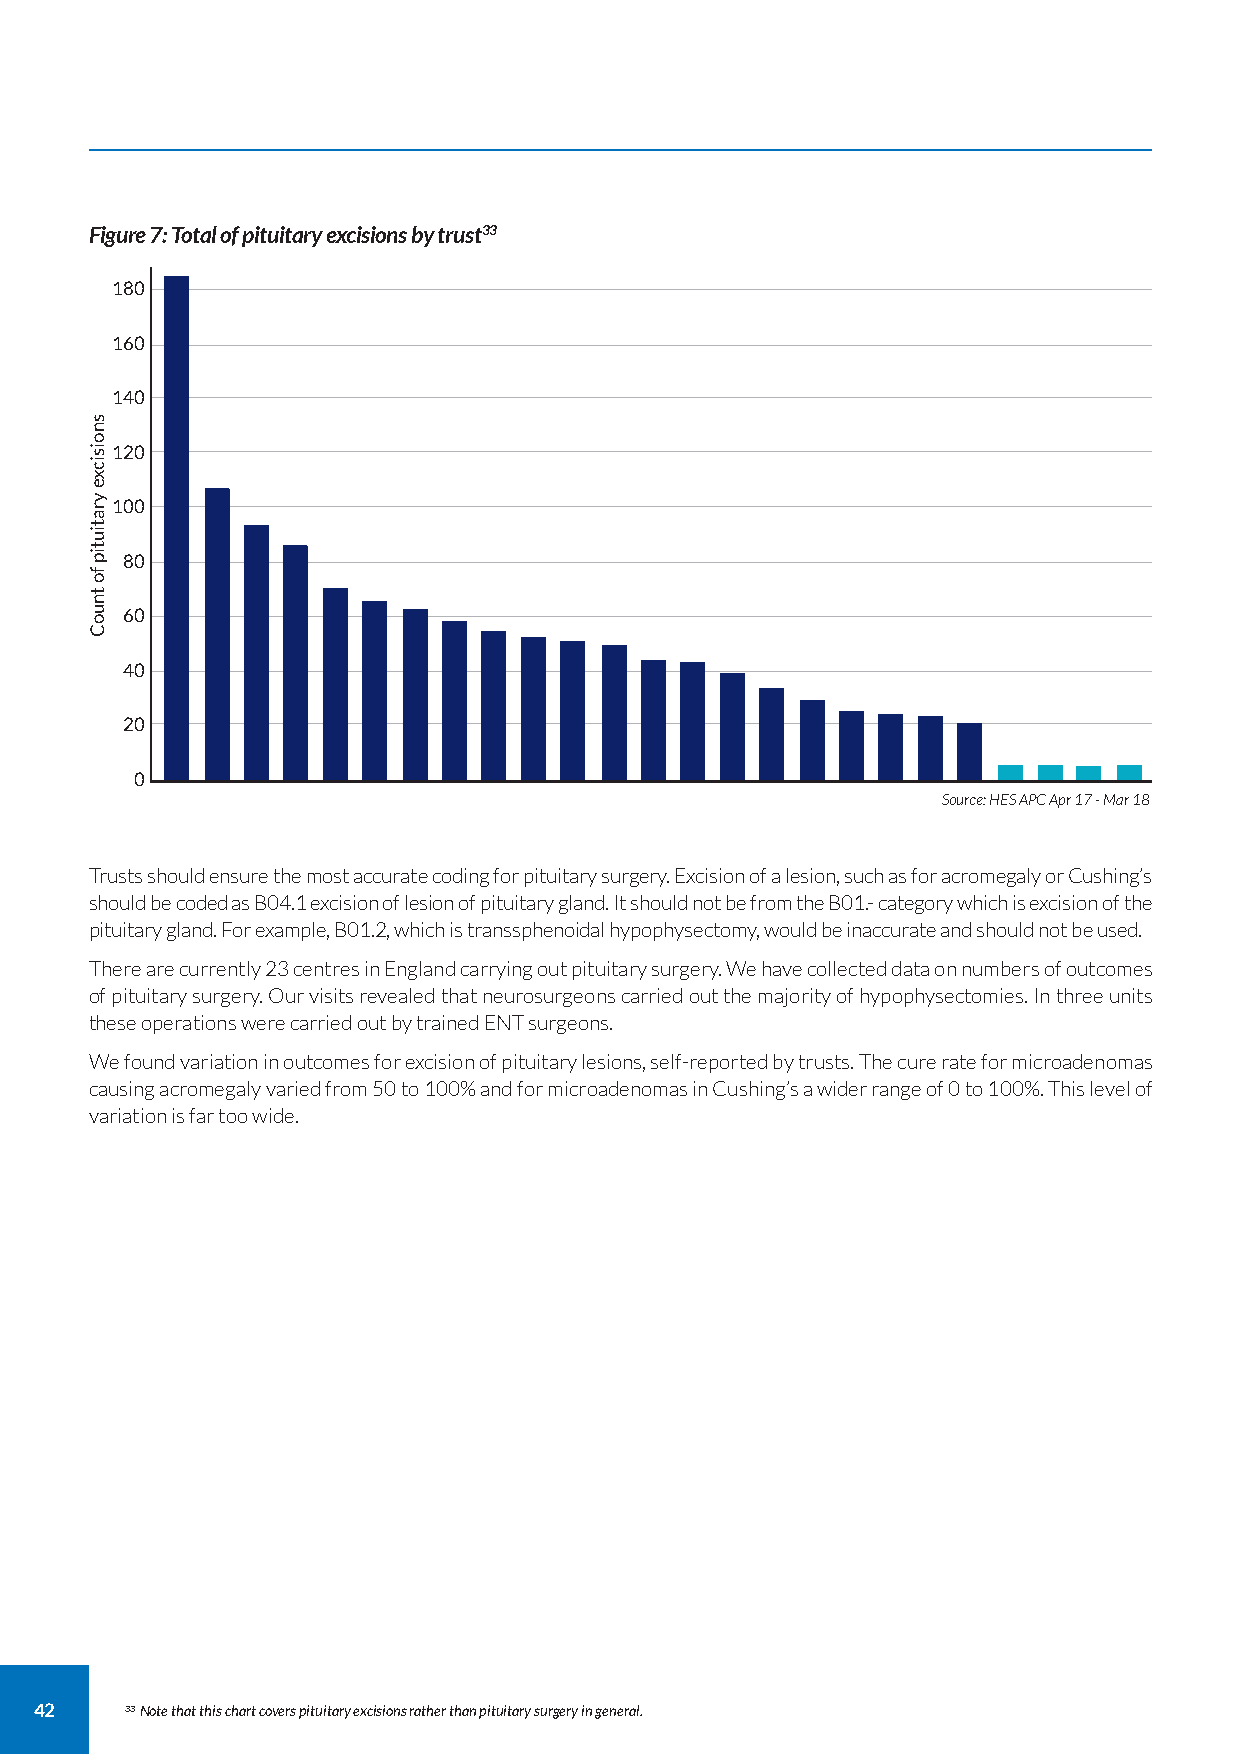
Figure 7: Total of pituitary excisions by trust33
 180
 160
 140
 120
 100
 80
 60
 40
 20
 0
 Source: HES APC Apr 17 - Mar 18
 Trusts should ensure the most accurate coding for pituitary surgery. Excision of a lesion, such as for acromegaly or Cushing’s
 should be coded as B04.1 excision of lesion of pituitary gland. It should not be from the B01.- category which is excision of the
 pituitary gland. For example, B01.2, which is transsphenoidal hypophysectomy, would be inaccurate and should not be used.
 There are currently 23 centres in England carrying out pituitary surgery. We have collected data on numbers of outcomes
 of pituitary surgery. Our visits revealed that neurosurgeons carried out the majority of hypophysectomies. In three units
 these operations were carried out by trained ENT surgeons.
 We found variation in outcomes for excision of pituitary lesions, self-reported by trusts. The cure rate for microadenomas
 causing acromegaly varied from 50 to 100% and for microadenomas in Cushing’s a wider range of 0 to 100%. This level of
 variation is far too wide.
 42    33Note that this chart covers pituitary excisions rather than pituitary surgery in general.
 snoisicxe
 yratiutip
 fo
 tnuoC